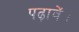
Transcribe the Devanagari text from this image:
पढ़ावें।